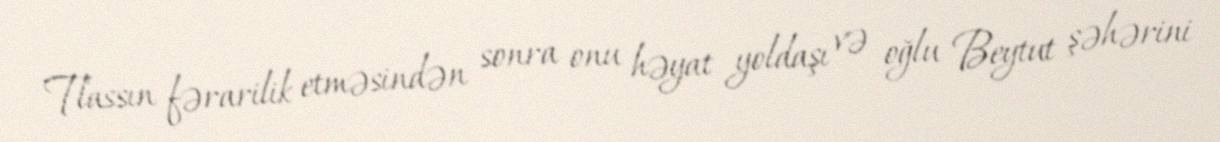
Tlassın fərarilik etməsindən sonra onu həyat yoldaşı və oğlu Beytut şəhərini